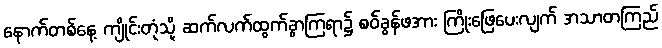
နောက်တစ်နေ့ ကျိုင်းတုံသို့ ဆက်လက်ထွက်ခွာကြရာ၌ စဝ်ခွန်ဖအား ကြိုးဖြေပေးလျက် အသာတကြည်